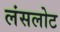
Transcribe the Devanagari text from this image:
लंसलोट